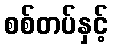
စစ်တပ်နှင့်